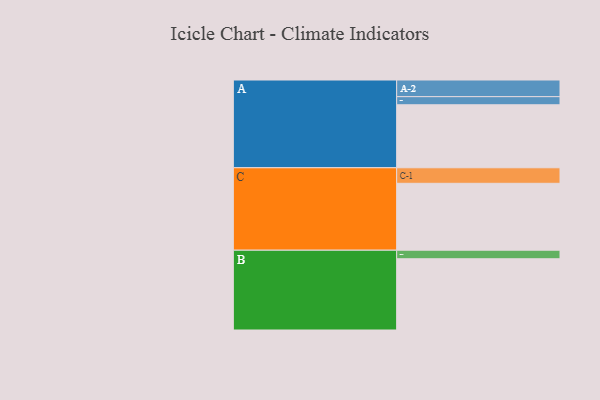
{"axis": {"x": "Segment", "y": "Value"}, "legend": ["", "A", "B", "C"], "data": [{"x": "A", "y": 450, "type": ""}, {"x": "B", "y": 509, "type": ""}, {"x": "C", "y": 478, "type": ""}, {"x": "A-1", "y": 58, "type": "A"}, {"x": "A-2", "y": 119, "type": "A"}, {"x": "B-1", "y": 61, "type": "B"}, {"x": "C-1", "y": 111, "type": "C"}]}